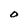
Character: O